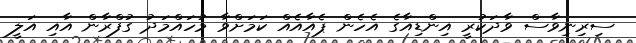
ސިރިނިވާސް ވާދަކުރީ އިންޑިއާގެ އެހެން ޕެއާއެއް ކަމަށްވާ މުހައްމަދު ގުފްރާން އާއި އަލީ